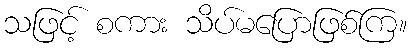
သဖြင့် စကား သိပ်မပြောဖြစ်ကြ။